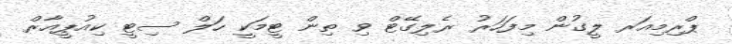
ޕްރިމިއަރ ލީގުން މިފަހަރު ރެލިގޭޓް ވި ތިން ޓީމަކީ ހަލް ސިޓީ ކިއުޕީއާރް